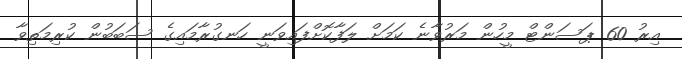
އިރު 60 ޕަސަންޓް މީހުން މަރުވާނެ ކަމަށް ލަފާކޮށްފައިވަނީ ހަނގުރާމައިގެ ސަބަބުން ކުރިމަތިވާ